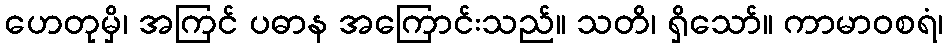
ဟေတုမှိ၊ အကြင် ပဓာန အကြောင်းသည်။ သတိ၊ ရှိသော်။ ကာမာဝစရံ၊